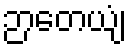
ဉာတေယျံ